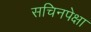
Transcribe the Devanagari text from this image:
सचिनपेक्षा